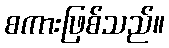
စကားဖြစ်သည်။